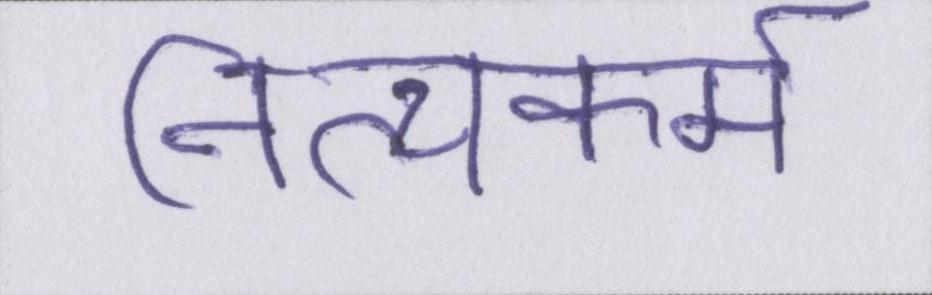
नित्यकर्म